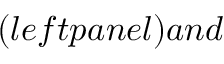
( l e f t p a n e l ) a n d